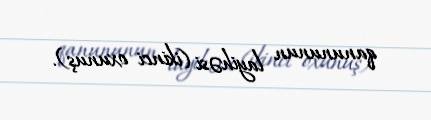
qanununun layihəsi (ikinci oxunuş).